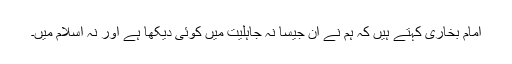
امام بخاری کہتے ہیں کہ ہم نے ان جیسا نہ جاہلیت میں کوئی دیکھا ہے اور نہ اسلام میں۔